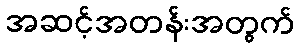
အဆင့်အတန်းအတွက်